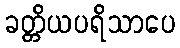
ခတ္တိယပရိသာပေ